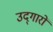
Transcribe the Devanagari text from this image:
उद्‌गारों